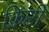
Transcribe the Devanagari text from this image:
क्रिप्टी